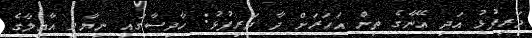
ދަރިފުޅު އަދި އޭނާގެ ތިން އަހަރަށް ދާ ދަރިފުޅު: ހާދިސާގައި ނިޔާވި އާއިލާގެ